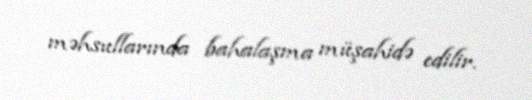
məhsullarında bahalaşma müşahidə edilir.